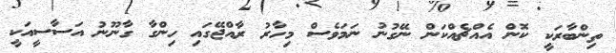
ތިންބާރަކީ ކޮން އެއްޗެއްކަން ނޭގުނު ނަމަވެސް މިހާރު ރާއްޖޭގައި ހިންގާ ގާނޫނު އަސާސީއަކީ